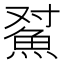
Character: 𱆫